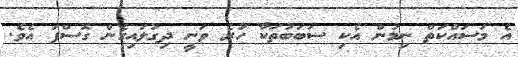
އެ މަސައްކަތް ނިމުން އެކި ސަބަބުތަކާ ހުރެ ވަނީ ދިގުލައިގެން ގޮސްފަ އެވެ.